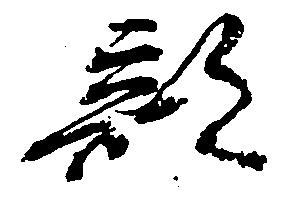
部